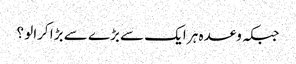
جبکہ وعدہ ہر ایک سے بڑے سے بڑا کرالو ؟